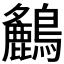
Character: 𪇤